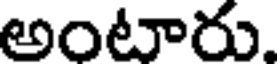
అంటారు.